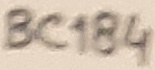
Text: BC184